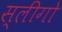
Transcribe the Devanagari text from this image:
स्लीगो